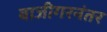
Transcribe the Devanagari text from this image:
बाजीगरनंतर